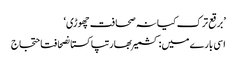
’برقع ترک کیا نہ صحافت چھوڑی‘
اسی بارے میں: کشمیربھارتپاکستانصحافتاحتجاج